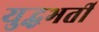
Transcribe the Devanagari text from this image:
युद्धभर्ती